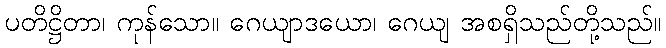
ပတိဋ္ဌိတာ၊ ကုန်သော။ ဂေယျာဒယော၊ ဂေယျ အစရှိသည်တို့သည်။